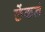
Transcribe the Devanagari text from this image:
छेंकने